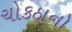
ચોકઠાનો